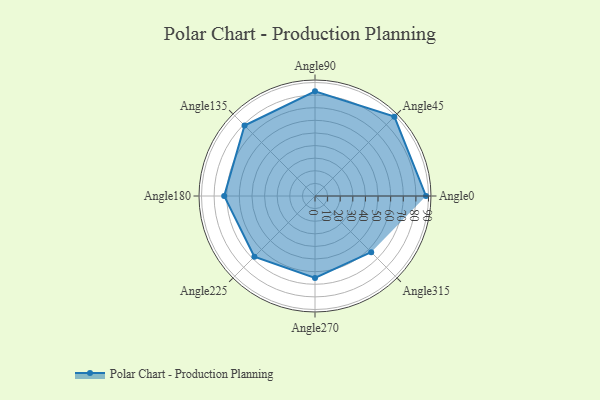
{"axis": {"x": "Angle", "y": "Radius"}, "legend": [""], "data": [{"x": "Angle0", "y": 88.0, "type": ""}, {"x": "Angle45", "y": 89.0, "type": ""}, {"x": "Angle90", "y": 83.0, "type": ""}, {"x": "Angle135", "y": 79.0, "type": ""}, {"x": "Angle180", "y": 72.0, "type": ""}, {"x": "Angle225", "y": 68.0, "type": ""}, {"x": "Angle270", "y": 65.0, "type": ""}, {"x": "Angle315", "y": 63.0, "type": ""}]}